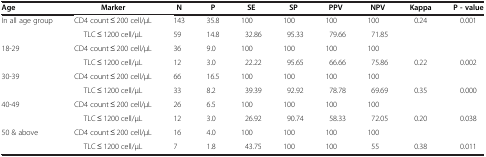
| Age | Marker | N | P | SE | SP | PPV | NPV | Kappa | P - value |
 | --- | --- | --- | --- | --- | --- | --- | --- | --- | --- |
 | <ROWSPAN=2> In all age group | CD4 count ≤ 200 cell/μL | 143 | 35.8 | 100 | 100 | 100 | 100 | <ROWSPAN=2> 0.24 | <ROWSPAN=2> 0.001 |
 | TLC ≤ 1200 cell/μL | 59 | 14.8 | 32.86 | 95.33 | 79.66 | 71.85 |
 | <ROWSPAN=2> 18-29 | CD4 count ≤ 200 cell/μL | 36 | 9.0 | 100 | 100 | 100 | 100 |  |  |
 | TLC ≤ 1200 cell/μL | 12 | 3.0 | 22.22 | 95.65 | 66.66 | 75.86 | 0.22 | 0.002 |
 | <ROWSPAN=2> 30-39 | CD4 count ≤ 200 cell/μL | 66 | 16.5 | 100 | 100 | 100 | 100 |  |  |
 | TLC ≤ 1200 cell/μL | 33 | 8.2 | 39.39 | 92.92 | 78.78 | 69.69 | 0.35 | 0.000 |
 | <ROWSPAN=2> 40-49 | CD4 count ≤ 200 cell/μL | 26 | 6.5 | 100 | 100 | 100 | 100 |  |  |
 | TLC ≤ 1200 cell/μL | 12 | 3.0 | 26.92 | 90.74 | 58.33 | 72.05 | 0.20 | 0.038 |
 | 50 & above | CD4 count ≤ 200 cell/μL | 16 | 4.0 | 100 | 100 | 100 | 100 |  |  |
 |  | TLC ≤ 1200 cell/μL | 7 | 1.8 | 43.75 | 100 | 100 | 55 | 0.38 | 0.011 |